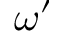
\omega ^ { \prime }